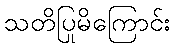
သတိပြုမိကြောင်း